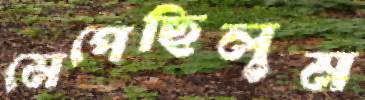
মেপেছিলুম